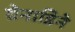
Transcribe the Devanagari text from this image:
ग्रेनाडिने